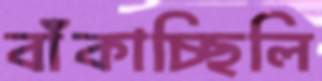
বাঁকাচ্ছিলি